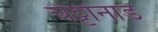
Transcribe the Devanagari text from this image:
चेट्टीनाड